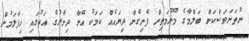
ނުތަނަވަސްކަން ބަލްމާގެ މޫނުމަތިން ފެނިގެން ދިޔައެއް ކަމަކު އޭނާ ދިނާރުގެ އަތުގައި ހިފާލަމުން